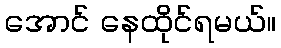
အောင် နေထိုင်ရမယ်။